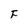
Character: F